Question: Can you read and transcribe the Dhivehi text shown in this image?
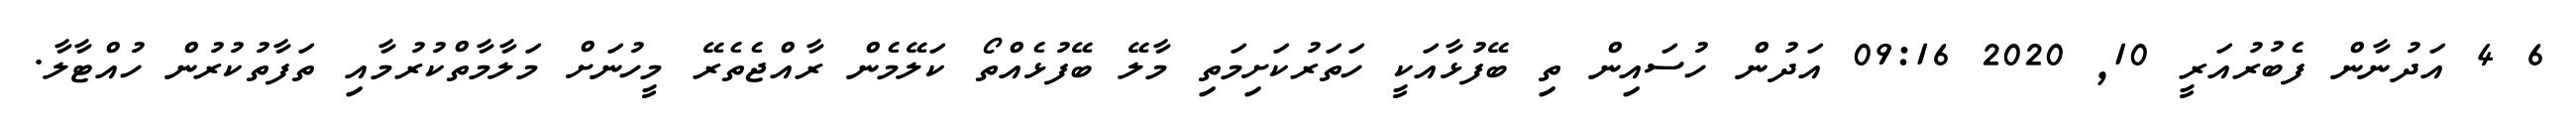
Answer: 6 4 އަދުނާން ފެބުރުއަރީ 10, 2020 09:16 އަދުން ހުސައިން ތި ބޭފުޅާއަކީ ހަތަރުކަށިމަތި މާލޭ ބޭފުޅެއްތޯ ކަލޭމެން ރާއްޖެތެރޭ މީހުނަށް މަލާމާތްކުރުމާއި ތަފާތުކުރުން ހުއްޓާލާ.